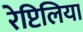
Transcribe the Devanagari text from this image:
रेप्टिलिया